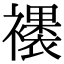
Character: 䙨